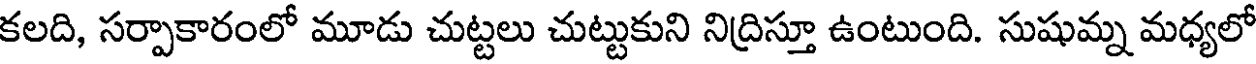
కలది, సర్పాకారంలో మూడు చుట్టలు చుట్టుకుని నిద్రిస్తూ ఉంటుంది. సుషుమ్న మధ్యలో